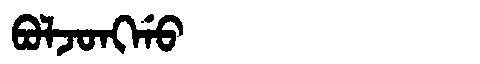
Manchu: ᠪᠣᠯᠵᠣᠩᡤᠣ
Romanization: BOLJONGGO